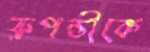
রুপন্তীকে